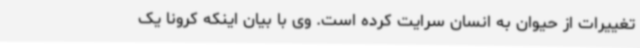
تغییرات از حیوان به انسان سرایت کرده است. وی با بیان اینکه کرونا یک